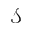
\mathcal { S }